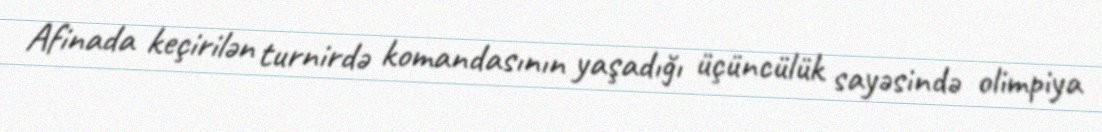
Afinada keçirilən turnirdə komandasının yaşadığı üçüncülük sayəsində olimpiya